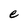
Character: e